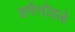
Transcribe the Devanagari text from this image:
हर्षसोहळे